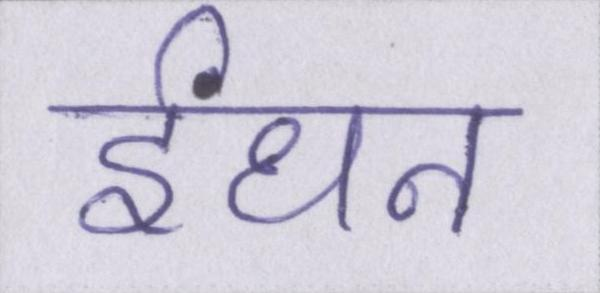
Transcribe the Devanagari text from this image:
ईंधन